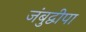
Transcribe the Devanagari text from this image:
जंबुद्वीपा